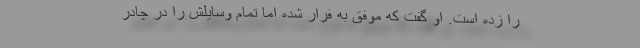
را زده‌ است. او گفت که موفق به فرار شده اما تمام وسایلش را در چادر